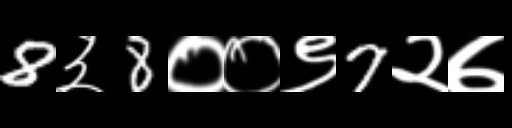
Text: 8३8००९7२७